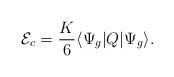
LaTeX: \begin{align*}{\mathcal E}_c=\frac K6\langle\Psi_g|Q|\Psi_g\rangle .\end{align*}